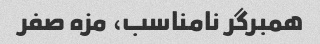
همبرگر نامناسب، مزه صفر